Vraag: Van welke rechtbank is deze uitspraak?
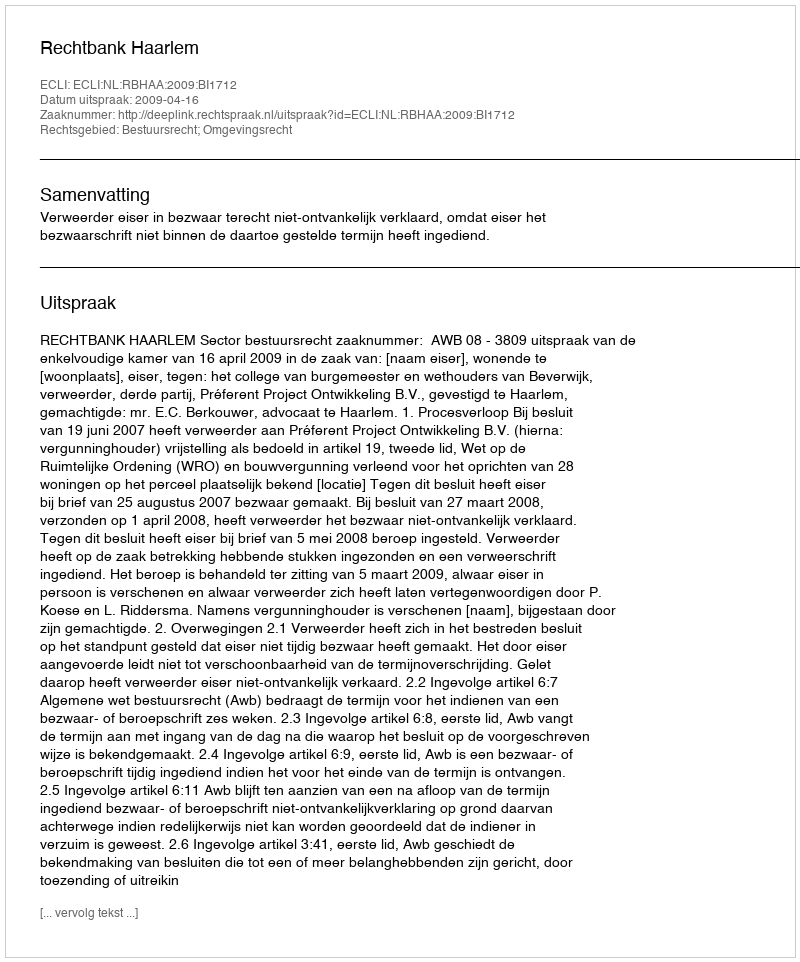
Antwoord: Rechtbank Haarlem